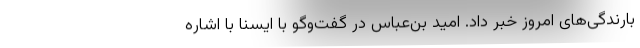
بارندگی‌های امروز خبر داد. امید بن‌عباس در گفت‌وگو با ایسنا با اشاره